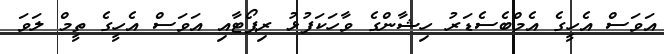
އަވަސް އެހީގެ އެމްބެސެޑަރު ހިޝާންގެ ވާހަކަފުޅު ރިޕޯޓާއި އަވަސް އެހީގެ ތީމް ލަވަ